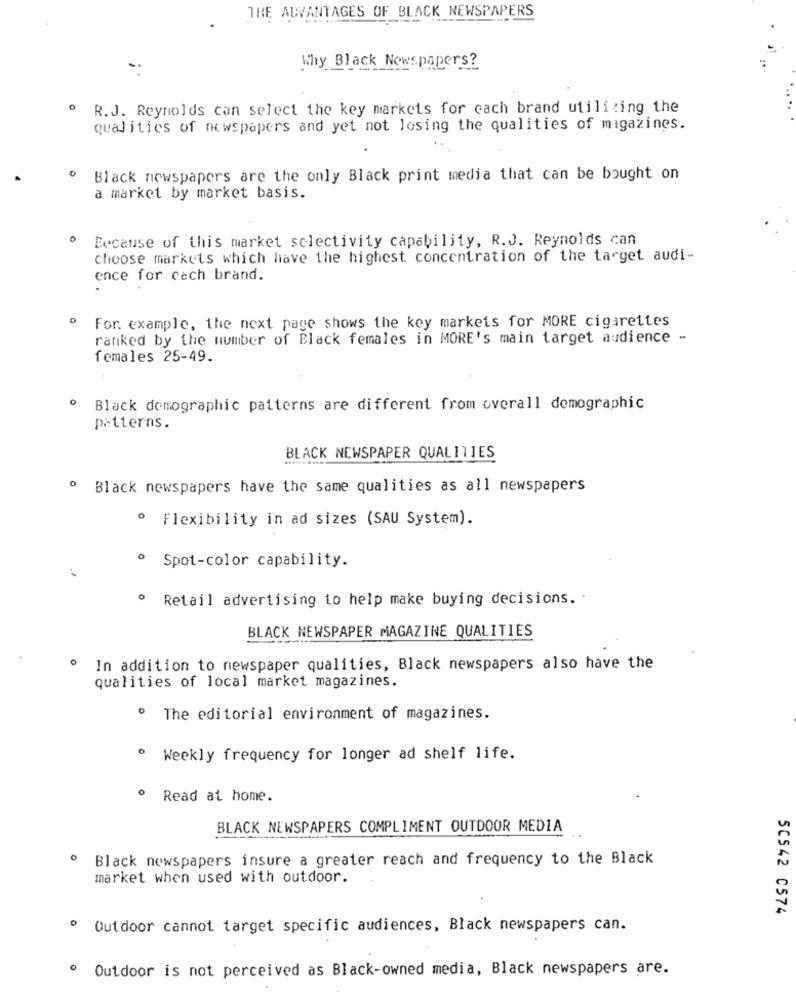
THE ADVANTAGES OF BLACK NEWSPAPERS
Why Black Newspapers?
R.J. Reynolds can select the key markets for each brand utilizing the
qualities of newspapers and yet not losing the qualities of magazines.
Black newspapers are the only Black print media that can be bought on
a market by market basis.
Because of this market sclectivity capability, R.J. Reynolds can
choose markets which love the highest concentration of the target audi-
ence for cach brand.
For. example, the next page shows the key markets for MORE cigarettes
ranked by the number of Black females in MORE's main target audience -
females 25-49.
0
Black demographic patterns are different from overall demographic
patterns.
BLACK NEWSPAPER QUALITIES
Black newspapers have the same qualities as all newspapers
· Flexibility in ad sizes (SAU System).
º Spot-color capability.
. Retail advertising to help make buying decisions. .
BLACK NEWSPAPER MAGAZINE QUALITIES
. In addition to newspaper qualities, Black newspapers also have the
qualities of local market magazines.
º The editorial environment of magazines.
· Weekly frequency for longer ad shelf life.
· Read at home.
BLACK NEWSPAPERS COMPLIMENT OUTDOOR MEDIA
Black newspapers insure a greater reach and frequency to the Black
market when used with outdoor.
50542 0574
º Outdoor cannot target specific audiences, Black newspapers can.
Outdoor is not perceived as Black-owned media, Black newspapers are.